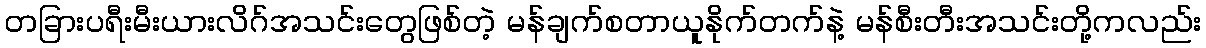
တခြားပရီးမီးယားလိဂ်အသင်းတွေဖြစ်တဲ့ မန်ချက်စတာယူနိုက်တက်နဲ့ မန်စီးတီးအသင်းတို့ကလည်း